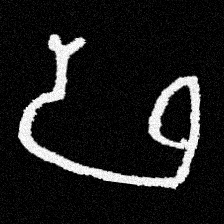
Pyu character \u2014 Myanmar letter: ဖ (romanized: pha)